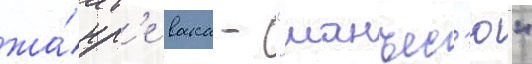
жа́нр'е вака - "манъес'ю"